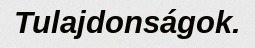
Tulajdonságok.